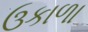
ઉકાળા